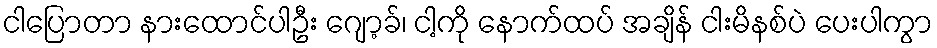
ငါပြောတာ နားထောင်ပါဦး ဂျော့ခ်၊ ငါ့ကို နောက်ထပ် အချိန် ငါးမိနစ်ပဲ ပေးပါကွာ